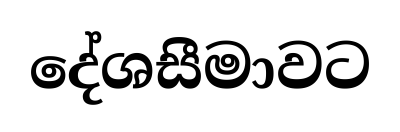
දේශසීමාවට